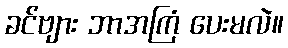
ခင်ဗျား ဘာအကြံ ပေးမလဲ။